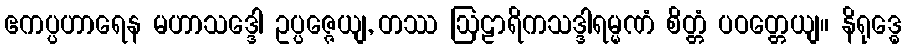
ဧကပ္ပဟာရေန မဟာသဒ္ဒေါ ဥပ္ပဇ္ဇေယျ, တဿ ဩဠာရိကသဒ္ဒါရမ္မဏံ စိတ္တံ ပဝတ္တေယျ။ နိရုဒ္ဓေ